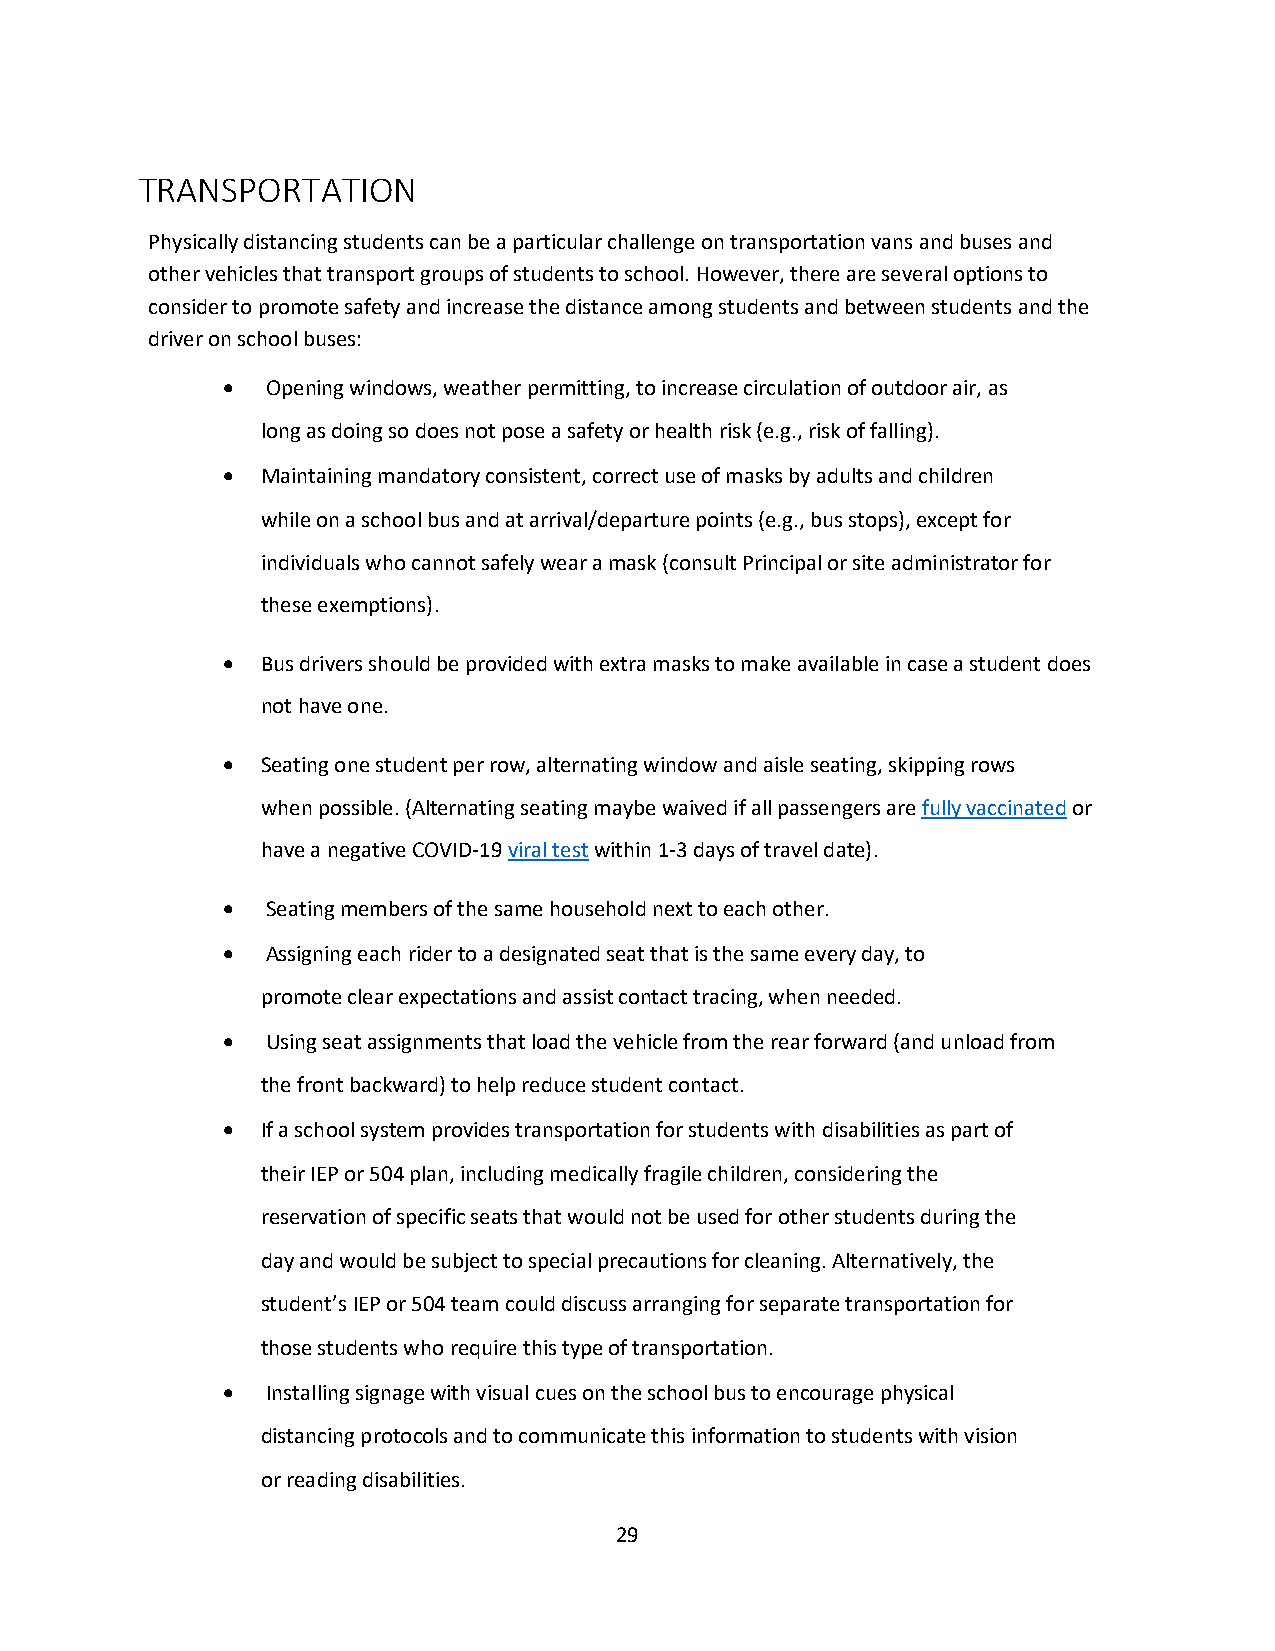
TRANSPORTATION
 Physically distancing students can be a particular challenge on transportation vans and buses and
 other vehicles that transport groups of students to school. However, there are several options to
 consider to promote safety and increase the distance among students and between students and the
 driver on school buses:
   Opening windows, weather permitting, to increase circulation of outdoor air, as
 long as doing so does not pose a safety or health risk (e.g., risk of falling).
  Maintaining mandatory consistent, correct use of masks by adults and children
 while on a school bus and at arrival/departure points (e.g., bus stops), except for
 individuals who cannot safely wear a mask (consult Principal or site administrator for
 these exemptions).
  Bus drivers should be provided with extra masks to make available in case a student does
 not have one.
  Seating one student per row, alternating window and aisle seating, skipping rows
 when possible. (Alternating seating maybe waived if all passengers are fully vaccinated or
 have a negative COVID-19 viral test within 1-3 days of travel date).
   Seating members of the same household next to each other.
   Assigning each rider to a designated seat that is the same every day, to
 promote clear expectations and assist contact tracing, when needed.
   Using seat assignments that load the vehicle from the rear forward (and unload from
 the front backward) to help reduce student contact.
  If a school system provides transportation for students with disabilities as part of
 their IEP or 504 plan, including medically fragile children, considering the
 reservation of specific seats that would not be used for other students during the
 day and would be subject to special precautions for cleaning. Alternatively, the
 student’s IEP or 504 team could discuss arranging for separate transportation for
 those students who require this type of transportation.
   Installing signage with visual cues on the school bus to encourage physical
 distancing protocols and to communicate this information to students with vision
 or reading disabilities.
 29